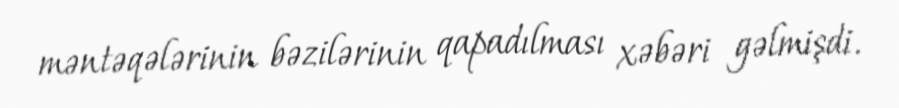
məntəqələrinin bəzilərinin qapadılması xəbəri gəlmişdi.